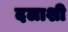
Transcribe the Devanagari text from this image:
दलाशी